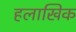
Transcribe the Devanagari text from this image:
हलाखिक